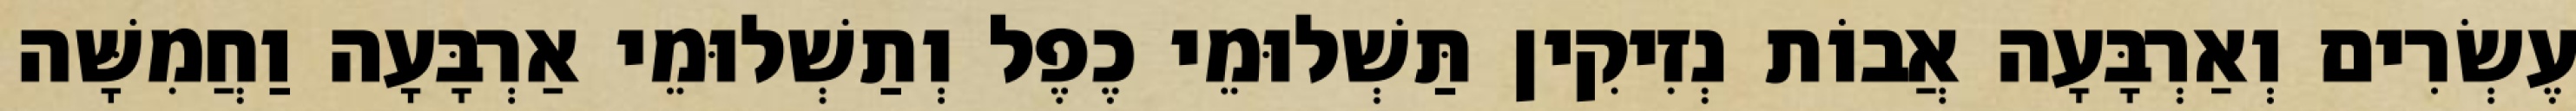
עֶשְׂרִים וְאַרְבָּעָה אֲבוֹת נְזִיקִין תַּשְׁלוּמֵי כֶפֶל וְתַשְׁלוּמֵי אַרְבָּעָה וַחֲמִשָּׁה